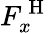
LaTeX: F_{x}^{\mathrm{~H~}}